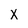
Character: X